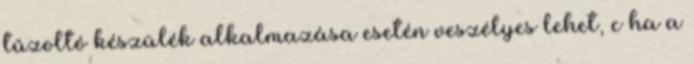
tûzoltó készülék alkalmazása esetén veszélyes lehet, c ha a